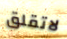
لاتقلق